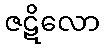
ဇဋိလော